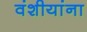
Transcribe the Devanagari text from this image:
वंशीयांना